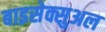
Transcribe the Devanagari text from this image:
बाइसेक्सुअल